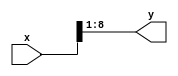
module  xlslice  (x, y);
parameter new_msb= 9;
parameter new_lsb= 1;
parameter x_width= 16;
parameter y_width= 8;
input [x_width-1:0] x;
output [y_width-1:0] y;
assign y = x[new_msb:new_lsb];
endmodule